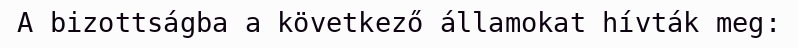
A bizottságba a következő államokat hívták meg: